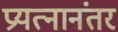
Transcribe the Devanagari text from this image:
प्रयत्नानंतर